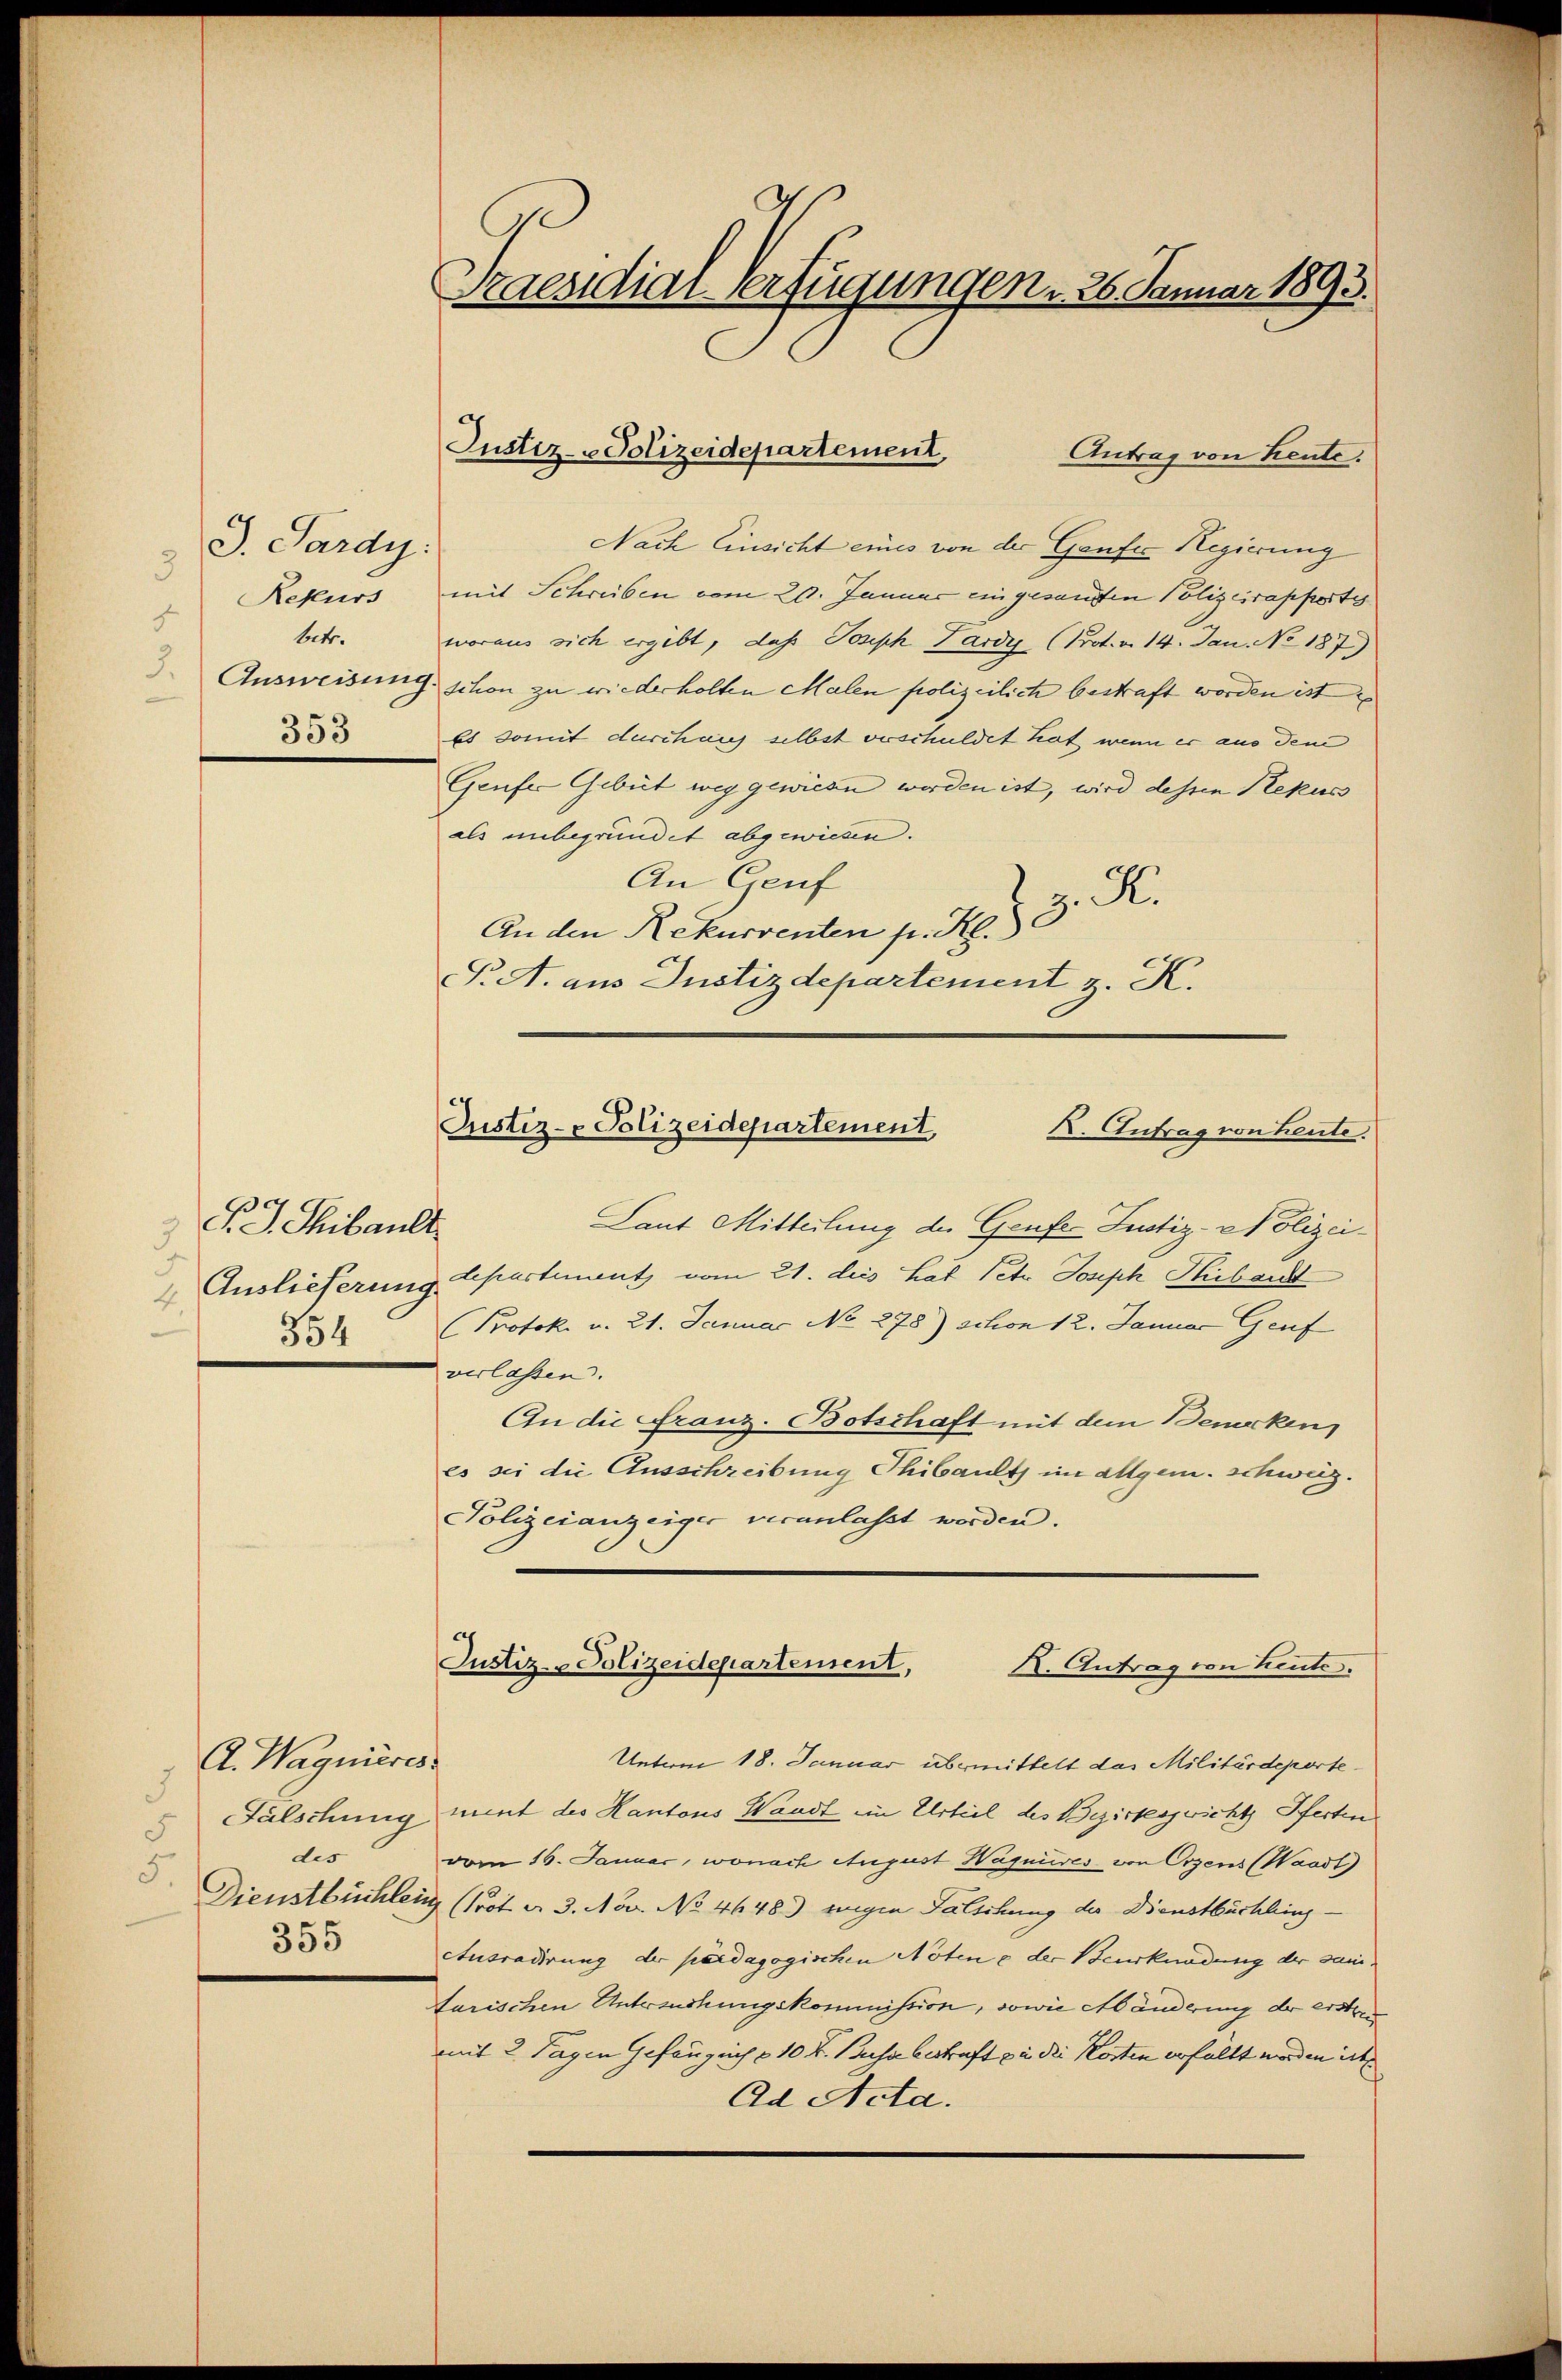
J. Pardy:
3
5
betr.
353

F. J. Thibault
Auslieferung.
4.
354

A. Wagnieres
d
des
5.
355

Praesidial-Verfügungen u. 26. Januar 1893.

Nach Einsicht eines von der Ganzes Regierung
Rekurs mit Schreiben vom 20. Januar eingesandten Polizeirapport
woraus sich ergibt, daß Joseph Lardy (Prot. v. 14. Jan. No 187
Ausweisung schon zu wiederholten Malen polizeilich bestraft worden ist
Es somit durchaus selbst verschuldet hat, wenn er aus dem
Genfer Gebüt weg gewiesen werden ist, wird dessen Plekus
als unbegründet abgewiesen.
An Genf
R.
An den Rekurrenten pr. Kl.
T. A. aus Justizdepartement z. K.

Justiz-Polizeidepartement,
Antrag von Kente.

Justiz- & Polizeidepartement,
X. Antrag von heute.

Laut Mitteilung des Genfer Justiz-Polizeidepartiment vom 21. dies hat Peter Joseph Thibart
(Protok. v. 21. Januar No 278) schon 12. Januar Genf
verlassen.
An die Franz-Botschaft mit dem Bemercken,
es sei die Ausschreibung Thibaut im allgem. schweiz.
Polizeianzeiger veranlaßt worden.

Justiz- & Polizeidepartement,
K. Antrag von heute.

Untum 18. Januar übermittelt das Militärdeparte¬
Falschung mit des Kantons Waadt ein Urteil des Bezirksgericht Pferten
vom 16. Januar, wonach August Waquises von Erzens (Waadt
Dienstbüchlen (Prot. d. 3. Nov. No. 4648.) wegen Falschung der Dienstbächling-
Ausradirung der pardagogischen Nöten & der Beurkundung der Sani¬
Farischen Untersuchungskommission, sowie Abänderung der erste
mit 2 Tagen Gefänglich 10 Fr. Busa bestraft zu die Kosten erfüllt worden ich
Ad Acta.